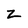
Character: z